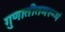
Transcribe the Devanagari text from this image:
गुणातीतमरूपं